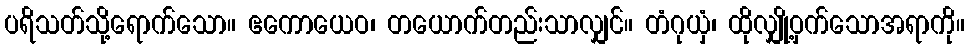
ပရိသတ်သို့ရောက်သော။ ဧကောယေဝ၊ တယောက်တည်းသာလျှင်။ တံဂုယှံ၊ ထိုလျှို့ဝှက်သောအရာကို။